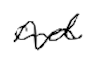
Text: and
Cross-out: wave
Writing tool: digital_black